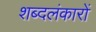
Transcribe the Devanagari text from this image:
शब्दलंकारों